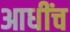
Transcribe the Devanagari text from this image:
आधींच